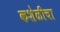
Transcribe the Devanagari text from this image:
कशेळीचा